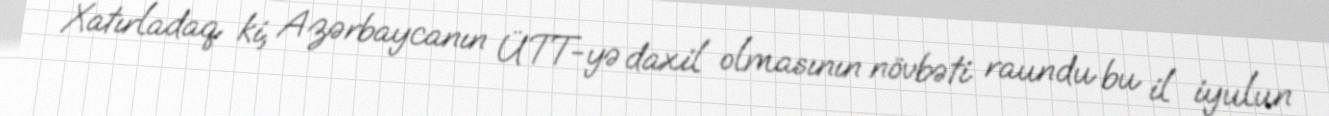
Xatırladaq ki, Azərbaycanın ÜTT-yə daxil olmasının növbəti raundu bu il iyulun